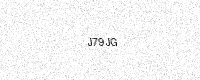
Text: J79JG